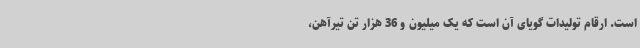
است. ارقام تولیدات گویای آن است که یک میلیون و 36 هزار تن تیرآهن،